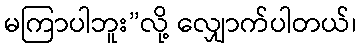
မကြာပါဘူး”လို့ လျှောက်ပါတယ်၊